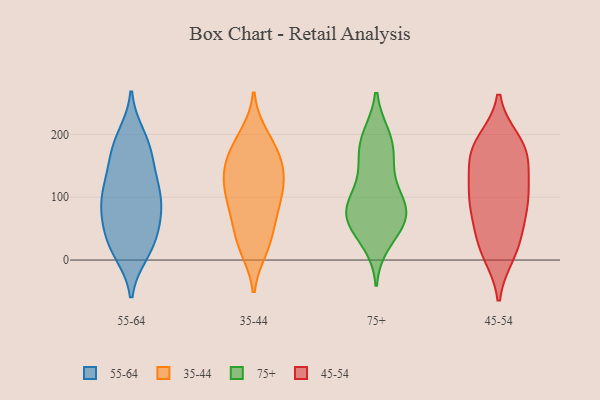
{"axis": {"x": "Satisfaction Score", "y": "Value"}, "legend": ["35-44", "45-54", "55-64", "75+"], "data": [{"x": "", "y": 16, "type": "55-64"}, {"x": "", "y": 40, "type": "55-64"}, {"x": "", "y": 98, "type": "55-64"}, {"x": "", "y": 93, "type": "55-64"}, {"x": "", "y": 70, "type": "55-64"}, {"x": "", "y": 198, "type": "55-64"}, {"x": "", "y": 117, "type": "55-64"}, {"x": "", "y": 102, "type": "55-64"}, {"x": "", "y": 184, "type": "55-64"}, {"x": "", "y": 34, "type": "55-64"}, {"x": "", "y": 87, "type": "55-64"}, {"x": "", "y": 171, "type": "55-64"}, {"x": "", "y": 14, "type": "55-64"}, {"x": "", "y": 68, "type": "55-64"}, {"x": "", "y": 189, "type": "55-64"}, {"x": "", "y": 11, "type": "55-64"}, {"x": "", "y": 54, "type": "55-64"}, {"x": "", "y": 143, "type": "55-64"}, {"x": "", "y": 121, "type": "55-64"}, {"x": "", "y": 150, "type": "55-64"}, {"x": "", "y": 62, "type": "35-44"}, {"x": "", "y": 178, "type": "35-44"}, {"x": "", "y": 131, "type": "35-44"}, {"x": "", "y": 68, "type": "35-44"}, {"x": "", "y": 137, "type": "35-44"}, {"x": "", "y": 101, "type": "35-44"}, {"x": "", "y": 123, "type": "35-44"}, {"x": "", "y": 18, "type": "35-44"}, {"x": "", "y": 91, "type": "35-44"}, {"x": "", "y": 92, "type": "35-44"}, {"x": "", "y": 28, "type": "35-44"}, {"x": "", "y": 198, "type": "35-44"}, {"x": "", "y": 188, "type": "35-44"}, {"x": "", "y": 24, "type": "35-44"}, {"x": "", "y": 154, "type": "35-44"}, {"x": "", "y": 162, "type": "35-44"}, {"x": "", "y": 134, "type": "35-44"}, {"x": "", "y": 96, "type": "75+"}, {"x": "", "y": 67, "type": "75+"}, {"x": "", "y": 97, "type": "75+"}, {"x": "", "y": 87, "type": "75+"}, {"x": "", "y": 148, "type": "75+"}, {"x": "", "y": 193, "type": "75+"}, {"x": "", "y": 74, "type": "75+"}, {"x": "", "y": 48, "type": "75+"}, {"x": "", "y": 60, "type": "75+"}, {"x": "", "y": 183, "type": "75+"}, {"x": "", "y": 152, "type": "75+"}, {"x": "", "y": 29, "type": "75+"}, {"x": "", "y": 196, "type": "75+"}, {"x": "", "y": 76, "type": "75+"}, {"x": "", "y": 94, "type": "45-54"}, {"x": "", "y": 175, "type": "45-54"}, {"x": "", "y": 113, "type": "45-54"}, {"x": "", "y": 189, "type": "45-54"}, {"x": "", "y": 92, "type": "45-54"}, {"x": "", "y": 186, "type": "45-54"}, {"x": "", "y": 162, "type": "45-54"}, {"x": "", "y": 38, "type": "45-54"}, {"x": "", "y": 115, "type": "45-54"}, {"x": "", "y": 28, "type": "45-54"}, {"x": "", "y": 67, "type": "45-54"}, {"x": "", "y": 77, "type": "45-54"}, {"x": "", "y": 123, "type": "45-54"}, {"x": "", "y": 11, "type": "45-54"}, {"x": "", "y": 10, "type": "45-54"}, {"x": "", "y": 163, "type": "45-54"}, {"x": "", "y": 174, "type": "45-54"}]}